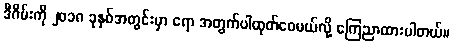
ဒီဂိမ်းကို ၂၀၁၈ ခုနှစ်အတွင်းမှာ ရော အတွက်ပါထုတ်ဝေမယ်လို့ ကြေညာထားပါတယ်။